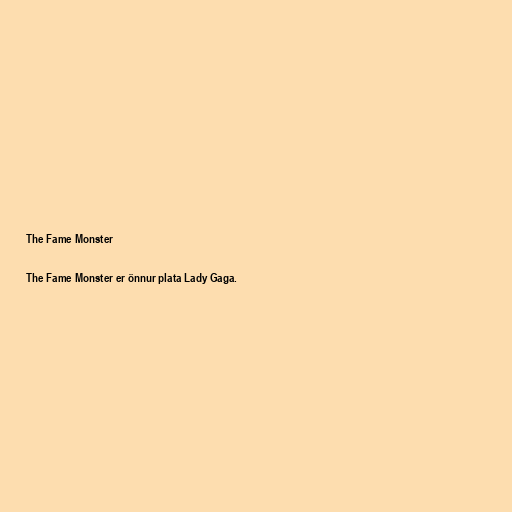
The Fame Monster

The Fame Monster er önnur plata Lady Gaga.